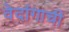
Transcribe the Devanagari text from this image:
वेदांगाची